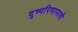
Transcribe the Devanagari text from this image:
दुष्परिणामाची